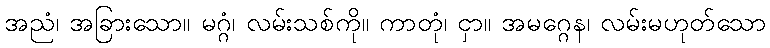
အညံ၊ အခြားသော။ မဂ္ဂံ၊ လမ်းသစ်ကို။ ကာတုံ၊ ငှာ။ အမဂ္ဂေန၊ လမ်းမဟုတ်သော